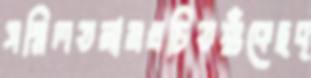
সম্মিলতনামখচিতশুঁকেছব্